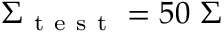
\Sigma _ { \mathrm { ~ t ~ e ~ s ~ t ~ } } = 5 0 ~ \Sigma